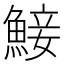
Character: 鯜